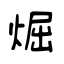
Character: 煀